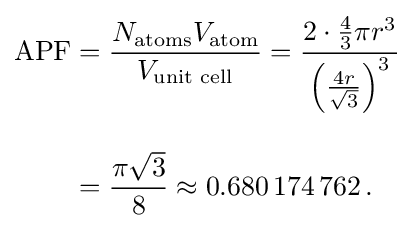
{\begin{aligned}\mathrm {APF} &={\frac {N_{\mathrm {atoms} }V_{\mathrm {atom} }}{V_{\text{unit cell}}}}={\frac {2\cdot {\frac {4}{3}}\pi r^{3}}{\left({\frac {4r}{\sqrt {3}}}\right)^{3}}}\\[10pt]&={\frac {\pi {\sqrt {3}}}{8}}\approx 0.680\,174\,762\,.\end{aligned}}